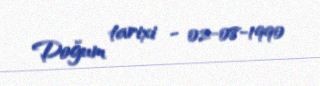
Doğum tarixi - 02-08-1990